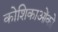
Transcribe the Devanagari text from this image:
कोशिकाओंको